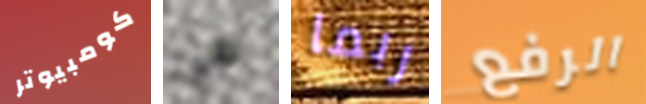
كومبيوتر هي ربما الرفع